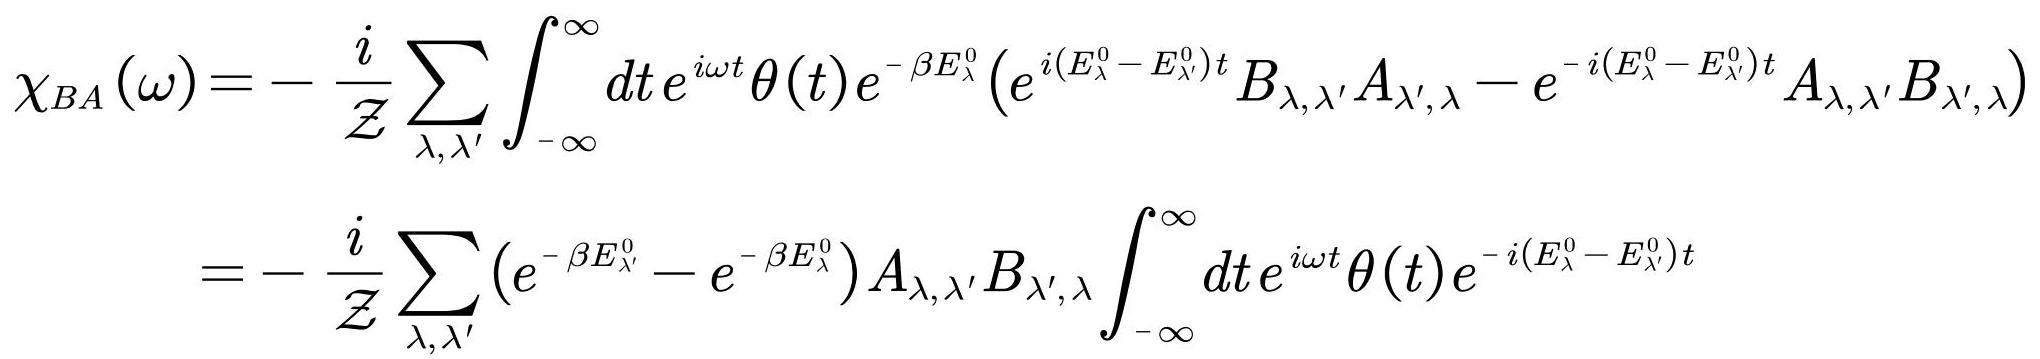
\[
\begin{align*}
\chi_{BA}(\omega)&=-\frac{i}{\mathcal{Z}}\sum_{\lambda,\lambda'}\int_{-\infty}^{\infty}dt e^{i\omega t}\theta(t)e^{-\beta E_{\lambda}^{0}}\left(e^{i(E_{\lambda}^{0}-E_{\lambda'}^{0})t}B_{\lambda,\lambda'}A_{\lambda',\lambda}-e^{-i(E_{\lambda}^{0}-E_{\lambda'}^{0})t}A_{\lambda,\lambda'}B_{\lambda',\lambda}\right)\\
&=-\frac{i}{\mathcal{Z}}\sum_{\lambda,\lambda'}\left(e^{-\beta E_{\lambda'}^{0}}-e^{-\beta E_{\lambda}^{0}}\right)A_{\lambda,\lambda'}B_{\lambda',\lambda}\int_{-\infty}^{\infty}dt e^{i\omega t}\theta(t)e^{-i(E_{\lambda}^{0}-E_{\lambda'}^{0})t}
\end{align*}
\]